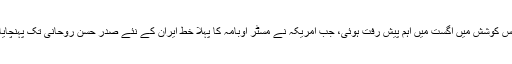
اس کوشش میں اگست میں اہم پیش رفت ہوئی، جب امریکہ نے مسٹر اوبامہ کا پہلا خط ایران کے نئے صدر حسن روحانی تک پہنچایا۔